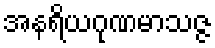
အနရိယဂုဏမာသဇ္ဇ